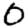
Digit: 0